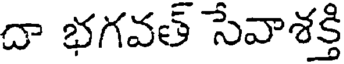
దా భగవత్ సేవాశక్తి